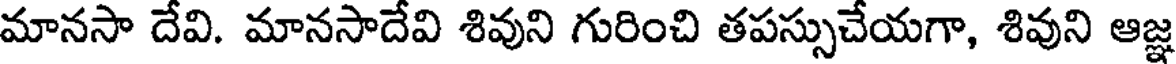
మానసా దేవి. మానసాదేవి శివుని గురించి తపస్సుచేయగా, శివుని ఆజ్ఞ